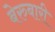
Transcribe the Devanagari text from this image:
बेरुबारी